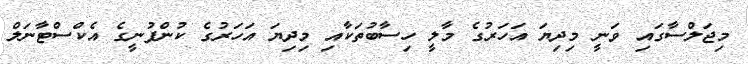
މިޖަލްސާގައި ވަނީ މިދިޔަ އަހަރުގެ މާލީ ހިސާބުތަކާއި މިދިޔަ އަހަރުގެ ކުންފުނީގެ އެކްސްޓާނަލް